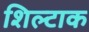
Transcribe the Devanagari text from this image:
शिल्टाक